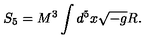
S _ { 5 } = M ^ { 3 } \int d ^ { 5 } x \sqrt { - g } R .